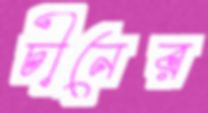
চীনের